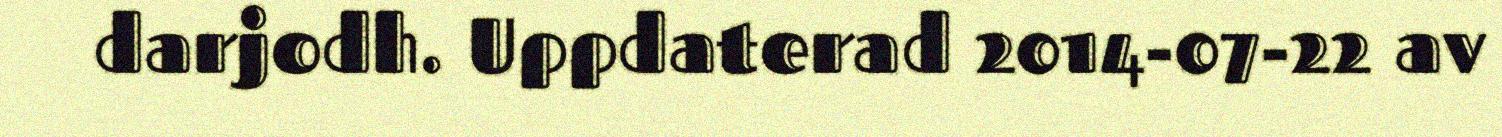
darjodh. Uppdaterad 2014-07-22 av